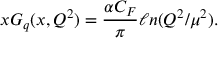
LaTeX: x G _ { q } ( x , Q ^ { 2 } ) = { \frac { \alpha C _ { F } } { \pi } } \ell n ( Q ^ { 2 } / \mu ^ { 2 } ) .